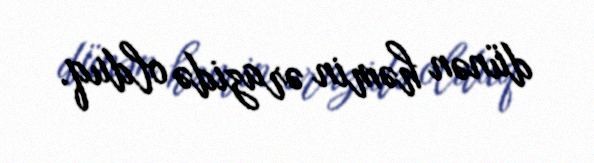
dünən həmin ərazidə olduq.